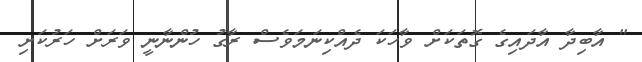
" އާބިދާ އާދައިގެ ގޮތަކަށް ވާހަކަ ދެއްކިނަމަވެސް ރާގު ހުންނާނީ ވަރަށް ހަރުކަށި